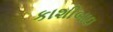
કાશીબાઇ